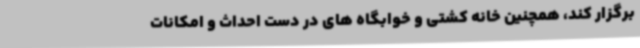
برگزار کند، همچنین خانه کشتی و خوابگاه های در دست احداث و امکانات